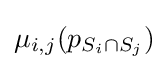
\mu _{i,j}(p_{S_{i}\cap S_{j}})